Calcutta medical institutions reports 1892-1900
Year: 1892
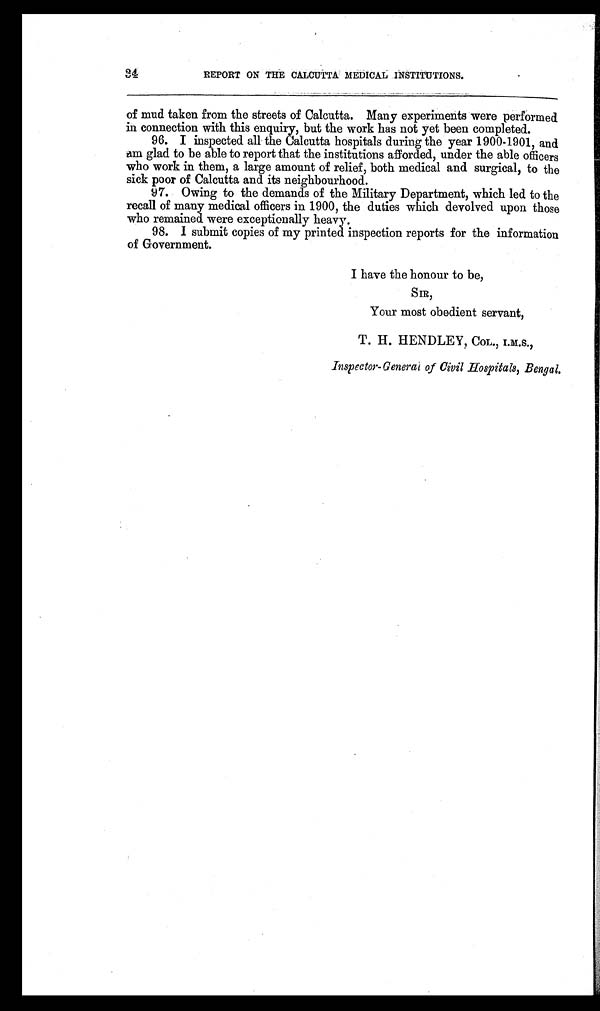
34
REPORT ON THE CALCUTTA MEDICAL INSTITUTIONS.
of mud taken from the streets of Calcutta. Many experiments were performed
in connection with this enquiry, but the work has not yet been completed.
96. I inspected all the Calcutta hospitals during the year 1900-1901, and
am glad to be able to report that the institutions afforded, under the able officers
who work in them, a large amount of relief, both medical and surgical, to the
sick poor of Calcutta and its neighbourhood.
97. Owing to the demands of the Military Department, which led to the
recall of many medical officers in 1900, the duties which devolved upon those
who remained were exceptionally heavy.
98. I submit copies of my printed inspection reports for the information
of Government.
I have the honour to be,
SIR,
Your most obedient servant,
T. H. HENDLEY, COL., I.M.S.,
Inspector-General of Civil Hospitals, Bengal.